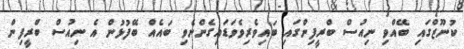
ކުނޫޒްގައި ބޭއްވި ނިއުސް ބްރީފިންގައި ބައިވެރިވެވަޑައިގެންނެވި ބައެއް ބޭފުޅުން އެ ނިއުސް ބްރީފިން